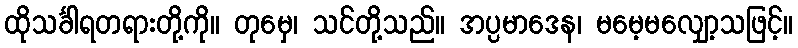
ထိုသင်္ခါရတရားတို့ကို။ တုမှေ၊ သင်တို့သည်။ အပ္ပမာဒေန၊ မမေ့မလျှော့သဖြင့်။